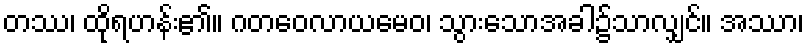
တဿ၊ ထိုရဟန်း၏။ ဂတဝေလာယမေဝ၊ သွားသောအခါ၌သာလျှင်။ အဿာ၊